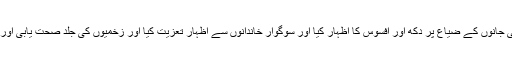
انہوں نے دھماکہ میں قیمتی انسانی جانوں کے ضیاع پر دکھ اور افسوس کا اظہار کیا اور سوگوار خاندانوں سے اظہار تعزیت کیا اور زخمیوں کی جلد صحت یابی اور شہداء کی مغفرت کیلئے دعا کی۔